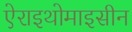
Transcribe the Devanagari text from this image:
ऐराइथोमाइसीन